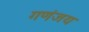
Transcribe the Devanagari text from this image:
गणंजय